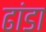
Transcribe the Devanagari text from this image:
ढांडा